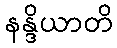
နန္ဒိယာတိ